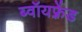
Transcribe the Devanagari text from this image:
ब्वॉयफ़्रेंड